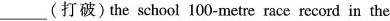
___(打破)the school 100-metre race record in the